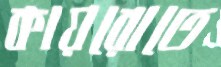
কায়রোতে